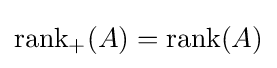
{{\text{rank}}_{+}}(A)={\text{rank}}(A)